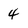
Character: 4